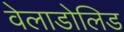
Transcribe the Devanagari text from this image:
वेलाडोलिड